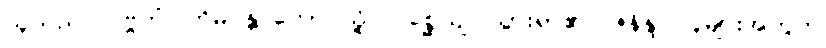
သူသည်။ ပဗ္ဗတံ၊ ဟိမဝန္တာတောင်သို့။ ဂစ္ဆေယျ၊ သွားရာ၏။ ဇနိန္ဒ၊ လူများအတွက်